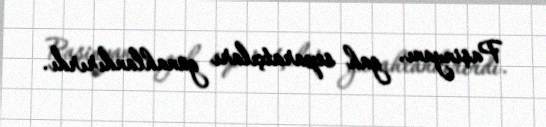
Paşinyanı, gah separatçıları günahlandırırdı.